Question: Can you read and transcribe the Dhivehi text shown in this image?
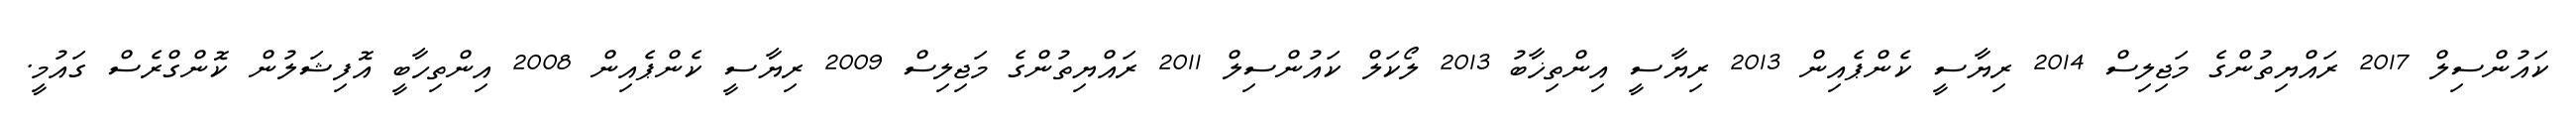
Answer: ކައުންސިލް 2017 ރައްޔިތުންގެ މަޖިލިސް 2014 ރިޔާސީ ކެންޕެއިން 2013 ރިޔާސީ އިންތިޚާބު 2013 ލޯކަލް ކައުންސިލް 2011 ރައްޔިތުންގެ މަޖިލިސް 2009 ރިޔާސީ ކެންޕެއިން 2008 އިންތިހާބީ އޮފިޝަލުން ކޮންގްރެސް ގައުމީ.